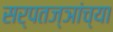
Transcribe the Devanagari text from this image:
सर्पतज्ञांच्या